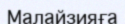
Малайзияға